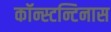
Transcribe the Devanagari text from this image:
कॉन्स्टन्टिनास